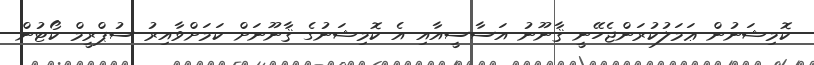
ކޮމިޝަނުން ޢަމަލުކުރަންޖެހޭނީ ޤާނޫނު އަސާސީއާއި އެ ކޮމިޝަނުގެ ޤާނޫނަށް ކަމަށްވާއިރު ސުޕްރީމް ކޯޓުން